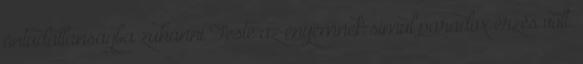
öntudatlanságba zuhanni Teste az enyémnek simul paradox érzés volt.